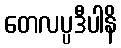
တေလပ္ပဒီပါနိ